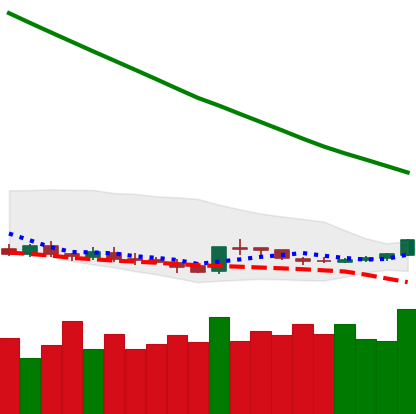
Ticker: DOGE-USD
Chart end date: 2019-02-17
Forward return: 3.213%
Label: up_3_5